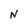
Character: N